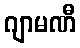
ဂျာမဏီ